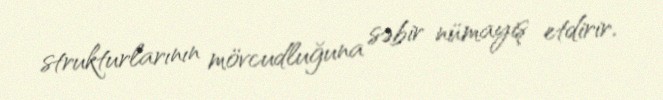
strukturlarının mövcudluğuna səbir nümayiş etdirir.